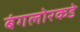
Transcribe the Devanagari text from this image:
बंगलोरकडे